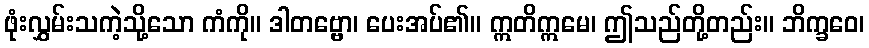
ဖုံးလွှမ်းသကဲ့သို့သော ကံကို။ ဒါတဗ္ဗော၊ ပေးအပ်၏။ ဣတိဣမေ၊ ဤသည်တို့တည်း။ ဘိက္ခဝေ၊